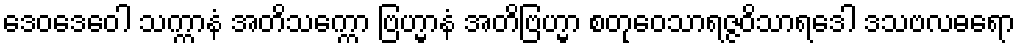
ဒေဝဒေဝေါ သက္ကာနံ အတိသက္ကော ဗြဟ္မာနံ အတိဗြဟ္မာ စတုဝေသာရဇ္ဇဝိသာရဒေါ ဒသဗလဓရော